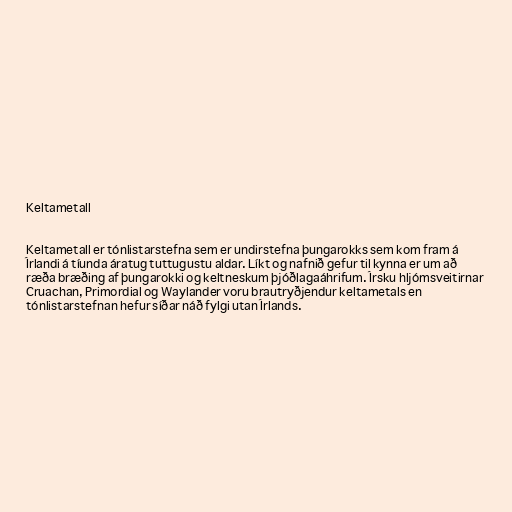
Keltametall

Keltametall er tónlistarstefna sem er undirstefna þungarokks sem kom fram á
Írlandi á tíunda áratug tuttugustu aldar. Líkt og nafnið gefur til kynna er um að
ræða bræðing af þungarokki og keltneskum þjóðlagaáhrifum. Írsku hljómsveitirnar
Cruachan, Primordial og Waylander voru brautryðjendur keltametals en
tónlistarstefnan hefur síðar náð fylgi utan Írlands.